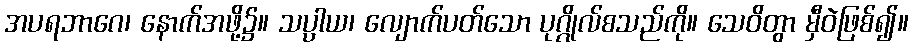
အပရဘာဂေ၊ နောက်အဖို့၌။ သပ္ပါယ၊ လျောက်ပတ်သော ပုဂ္ဂိုလ်စသည်ကို။ သေဝိတွာ မှီဝဲဖြစ်၍။